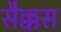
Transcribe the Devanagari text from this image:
सैक्कस